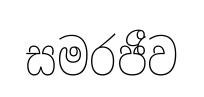
සමරජීව